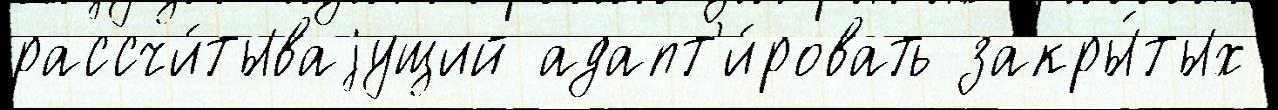
рассчи́тываjущий адапт'и́ровать закры́тых